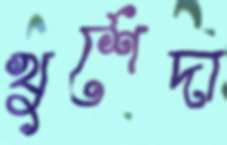
খুর্শেদা